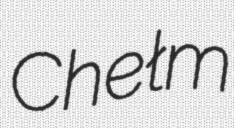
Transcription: Chełm